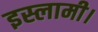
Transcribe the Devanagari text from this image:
इस्लामी।